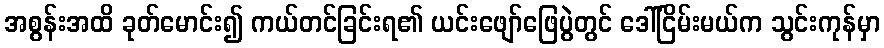
အစွန်းအထိ ခုတ်မောင်း၍ ကယ်တင်ခြင်းရ၏ ယင်းဖျော်ဖြေပွဲတွင် ဒေါ်ငြိမ်းမယ်က သွင်းကုန်မှာ